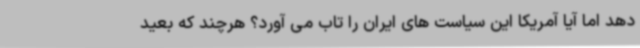
دهد اما آیا آمریکا این سیاست های ایران را تاب می آورد؟ هرچند که بعید